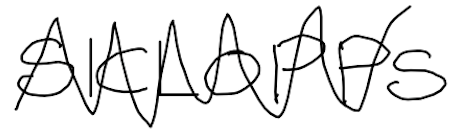
Text: SICLOPPS
Cross-out: zig-zag
Writing tool: digital_black